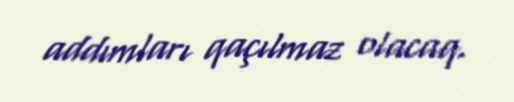
addımları qaçılmaz olacaq.